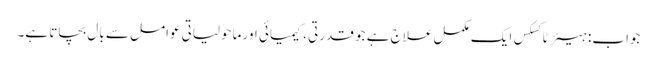
جواب: ہیئر ٹاکسکس ایک مکمل علاج ہے جو قدرتی ، کیمیائی اور ماحولیاتی عوامل سے بال بچاتا ہے۔